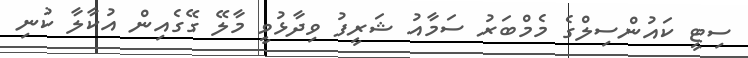
ސިޓީ ކައުންސިލްގެ މެމްބަރު ސަމާއު ޝަރީފު ވިދާޅުވީ މާލޭ ގޭގެއިން އުކާލާ ކުނި